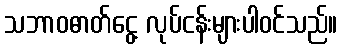
သဘာဝဓာတ်ငွေ့ လုပ်ငန်းများပါဝင်သည်။